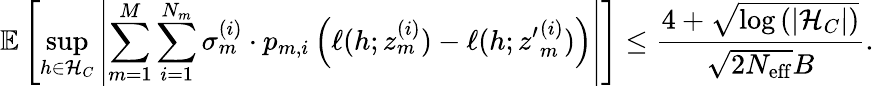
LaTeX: \mathbb{E}\left[\operatorname*{sup}_{h\in\mathcal{H}_{C}}\left|\sum_{m=1}^{M}\sum_{i=1}^{N_{m}}\sigma_{m}^{(i)}\cdot p_{m,i}\left(\ell(h;z_{m}^{(i)})-\ell(h;{z^{\prime}}_{m}^{(i)})\right)\right|\right]\leq\frac{4+\sqrt{\log\left(|\mathcal{H}_{C}|\right)}}{\sqrt{2N_{\mathrm{eff}}}B}.